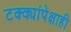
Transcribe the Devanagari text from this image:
टक्क्यांपेक्षाही